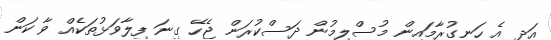
އަދި އެ ހަނގުރާމައިން މުސްލިމުން ދަސްކުރަން ޖެހޭ ގިނަ ފިލާވަޅުތަކެއް ވާ ކަން